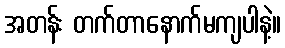
အတန်း တက်တာနောက်မကျပါနဲ့။